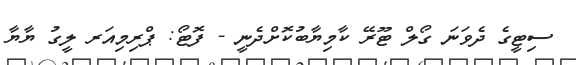
ސިޓީގެ ދެވަނަ ގޯލް ޓޫރޭ ކާމިޔާބުކޮށްދެނީ - ފޮޓޯ: ޕްރިމިއަރ ލީގު ޔާޔާ